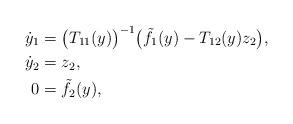
LaTeX: \begin{align*}\dot y_1 &= \big(T_{11}(y)\big)^{-1} \big( \tilde f_1(y) - T_{12}(y) z_2\big), \\\dot y_2 &= z_2, \\0 &= \tilde f_2(y),\end{align*}